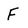
Character: F